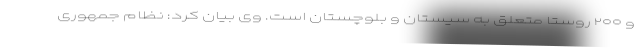
و ۲۰۰ روستا متعلق به سیستان و بلوچستان است. وی بیان کرد: نظام جمهوری